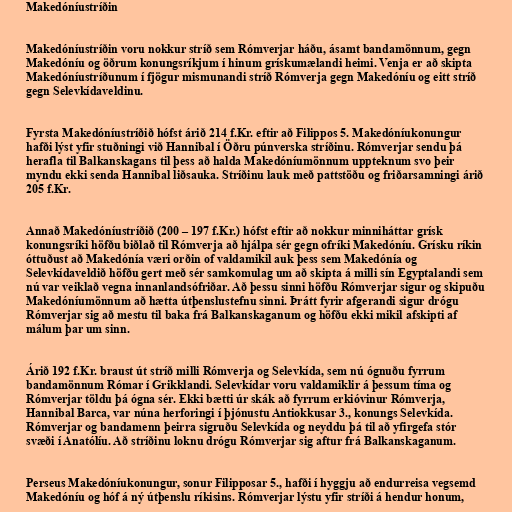
Makedóníustríðin

Makedóníustríðin voru nokkur stríð sem Rómverjar háðu, ásamt bandamönnum, gegn
Makedóníu og öðrum konungsríkjum í hinum grískumælandi heimi. Venja er að skipta
Makedóníustríðunum í fjögur mismunandi stríð Rómverja gegn Makedóníu og eitt stríð
gegn Selevkídaveldinu.

Fyrsta Makedóníustríðið hófst árið 214 f.Kr. eftir að Filippos 5. Makedóníukonungur
hafði lýst yfir stuðningi við Hannibal í Öðru púnverska stríðinu. Rómverjar sendu þá
herafla til Balkanskagans til þess að halda Makedóníumönnum uppteknum svo þeir
myndu ekki senda Hannibal liðsauka. Stríðinu lauk með pattstöðu og friðarsamningi árið
205 f.Kr.

Annað Makedóníustríðið (200 – 197 f.Kr.) hófst eftir að nokkur minniháttar grísk
konungsríki höfðu biðlað til Rómverja að hjálpa sér gegn ofríki Makedóníu. Grísku ríkin
óttuðust að Makedónía væri orðin of valdamikil auk þess sem Makedónía og
Selevkídaveldið höfðu gert með sér samkomulag um að skipta á milli sín Egyptalandi sem
nú var veiklað vegna innanlandsófriðar. Að þessu sinni höfðu Rómverjar sigur og skipuðu
Makedóníumönnum að hætta útþenslustefnu sinni. Þrátt fyrir afgerandi sigur drógu
Rómverjar sig að mestu til baka frá Balkanskaganum og höfðu ekki mikil afskipti af
málum þar um sinn.

Árið 192 f.Kr. braust út stríð milli Rómverja og Selevkída, sem nú ógnuðu fyrrum
bandamönnum Rómar í Grikklandi. Selevkídar voru valdamiklir á þessum tíma og
Rómverjar töldu þá ógna sér. Ekki bætti úr skák að fyrrum erkióvinur Rómverja,
Hannibal Barca, var núna herforingi í þjónustu Antiokkusar 3., konungs Selevkída.
Rómverjar og bandamenn þeirra sigruðu Selevkída og neyddu þá til að yfirgefa stór
svæði í Anatólíu. Að stríðinu loknu drógu Rómverjar sig aftur frá Balkanskaganum.

Perseus Makedóníukonungur, sonur Filipposar 5., hafði í hyggju að endurreisa vegsemd
Makedóníu og hóf á ný útþenslu ríkisins. Rómverjar lýstu yfir stríði á hendur honum,